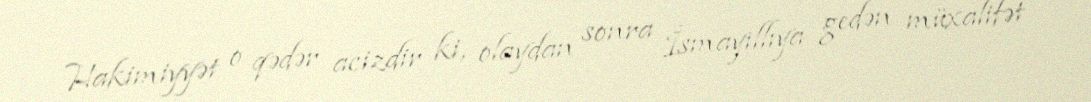
Hakimiyyət o qədər acizdir ki, olaydan sonra İsmayıllıya gedən müxalifət